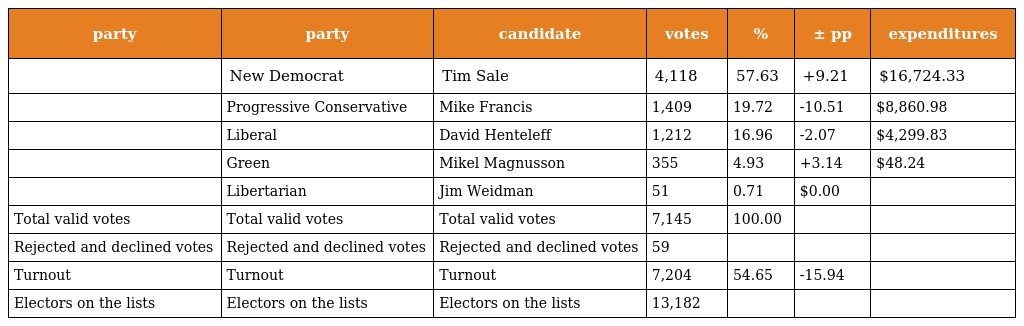
| party | party | candidate | votes | % | ± pp | expenditures |
 | --- | --- | --- | --- | --- | --- | --- |
 |  | New Democrat | Tim Sale | 4,118 | 57.63 | +9.21 | $16,724.33 |
 |  | Progressive Conservative | Mike Francis | 1,409 | 19.72 | -10.51 | $8,860.98 |
 |  | Liberal | David Henteleff | 1,212 | 16.96 | -2.07 | $4,299.83 |
 |  | Green | Mikel Magnusson | 355 | 4.93 | +3.14 | $48.24 |
 |  | Libertarian | Jim Weidman | 51 | 0.71 | $0.00 |  |
 | Total valid votes | Total valid votes | Total valid votes | 7,145 | 100.00 |  |  |
 | Rejected and declined votes | Rejected and declined votes | Rejected and declined votes | 59 |  |  |  |
 | Turnout | Turnout | Turnout | 7,204 | 54.65 | -15.94 |  |
 | Electors on the lists | Electors on the lists | Electors on the lists | 13,182 |  |  |  |